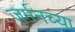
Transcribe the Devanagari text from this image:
जर्मनच्या